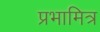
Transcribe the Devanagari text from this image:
प्रभामित्र